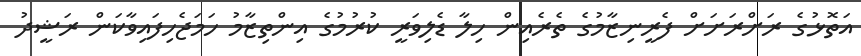
އަތޮޅުގެ ރަށްރަށަށް ފެރީނިިޒާމުގެ ތެރެއިން ހިލާ ޑެލިވަރީ ކުރުމުގެ އިންތިޒާމު ހަމަޖެހިފައިވާކަން ރަޝީދު